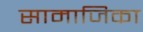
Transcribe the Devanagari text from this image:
सामाजिका